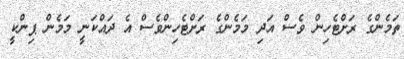
ތަމެންގެ ރަށްޓެހިން ވެސް އަދި މަމެންގެ ރަށްޓެހިންވެސް އެ ދައްކަނީ މަމެން ޕިންކީ